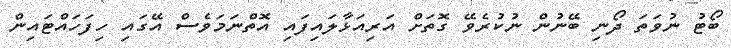
ބޯޓު ނުވަތަ ދޯނި ބޭނުން ނުކުރެވޭ ގޮތަށް އަރިއަޅާލައިފައި އޮތްނަމަވެސް އޭގައި ހިފަހައްޓައިން